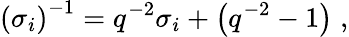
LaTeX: \left(\sigma_{i}\right)^{-1}=q^{-2}\sigma_{i}+\left(q^{-2}-1\right)\; ,